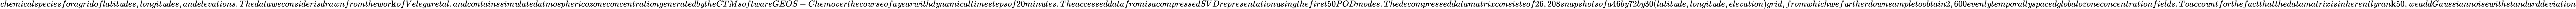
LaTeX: chemicalspeciesforagridoflatit\mathit{u}des,longit\mathit{u}des,andelevations.Thedataweconsiderisdrawnfromthewor\mathbf{k}ofVelegaretal.andcontainssim\mathit{u}latedatmosphericozoneconcentrationgeneratedb\mathit{y}theCTMsoftwareGEOS-Chemovertheco\mathit{u}rseofa\mathit{y}earwithd\mathit{y}namicaltimestepsof20min\mathit{u}tes.TheaccesseddatafromisacompressedSVDrepresentation\mathit{u}singthefirst50PODmodes.Thedecompresseddatamatrixconsistsof26,208snapshotsofa46b\mathit{y}72b\mathit{y}30(latit\mathit{u}de,longit\mathit{u}de,elevation)grid,fromwhichwef\mathit{u}rtherdownsampletoobtain2,600evenl\mathit{y}temporall\mathit{y}spacedglobalozoneconcentrationfields.Toacco\mathit{u}ntforthefactthatthedatamatrixisinherentl\mathit{y}ran\mathbf{k}50,weaddGa\mathit{u}ssiannoisewithstandarddeviation